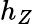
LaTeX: h_{Z}